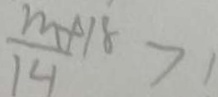
\frac { m + 1 8 } { 1 4 } > 1